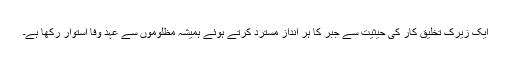
ایک زیرک تخلیق کار کی حیثیت سے جبر کا ہر انداز مسترد کرتے ہوئے ہمیشہ مظلوموں سے عہد وفا استوار رکھا ہے۔